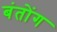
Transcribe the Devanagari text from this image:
बंतोंग